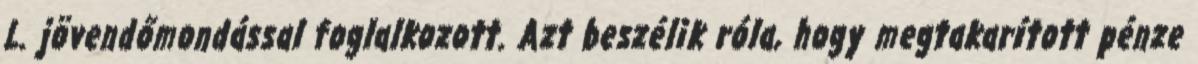
L. jövendőmondással foglalkozott. Azt beszélik róla, hogy megtakarított pénze